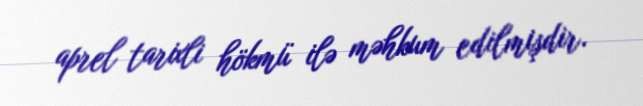
aprel tarixli hökmü ilə məhkum edilmişdir.